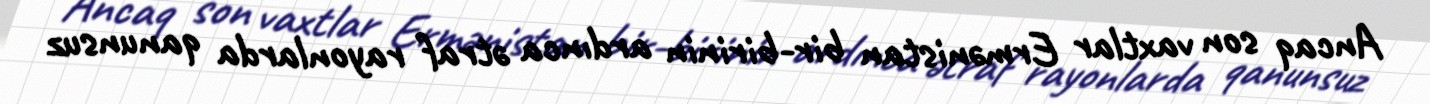
Ancaq son vaxtlar Ermənistan bir-birinin ardınca ətraf rayonlarda qanunsuz